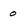
Character: 0